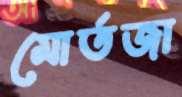
মোর্তজা